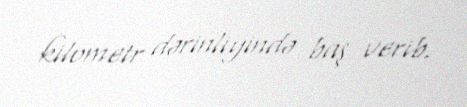
kilometr dərinliyində baş verib.